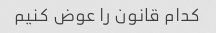
کدام قانون را عوض کنیم